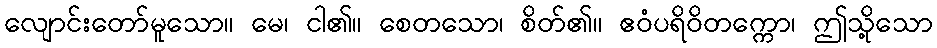
လျောင်းတော်မူသော။ မေ၊ ငါ၏။ စေတသော၊ စိတ်၏။ ဧဝံပရိဝိတက္ကော၊ ဤသို့သော